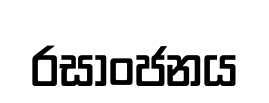
රසාංජනය